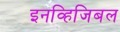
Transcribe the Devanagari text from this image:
इनव्हिजिबल